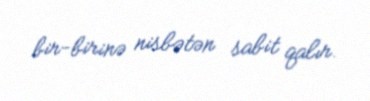
bir-birinə nisbətən sabit qalır.